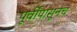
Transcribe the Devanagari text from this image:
पूर्वींपासूनच